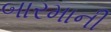
બારમાની